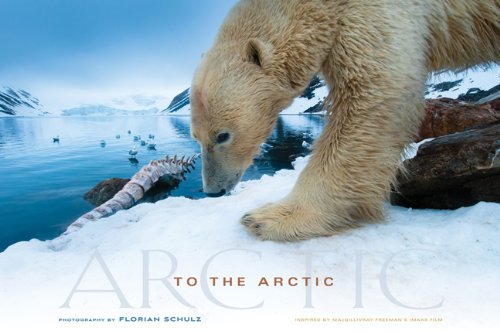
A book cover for To the Arctic; Florian Schulz; Travel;